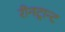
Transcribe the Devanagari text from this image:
रीनट्रान्ट